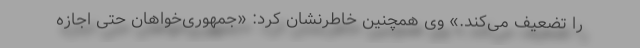
را تضعیف می‌کند.» وی همچنین خاطرنشان کرد: «جمهوری‌خواهان حتی اجازه